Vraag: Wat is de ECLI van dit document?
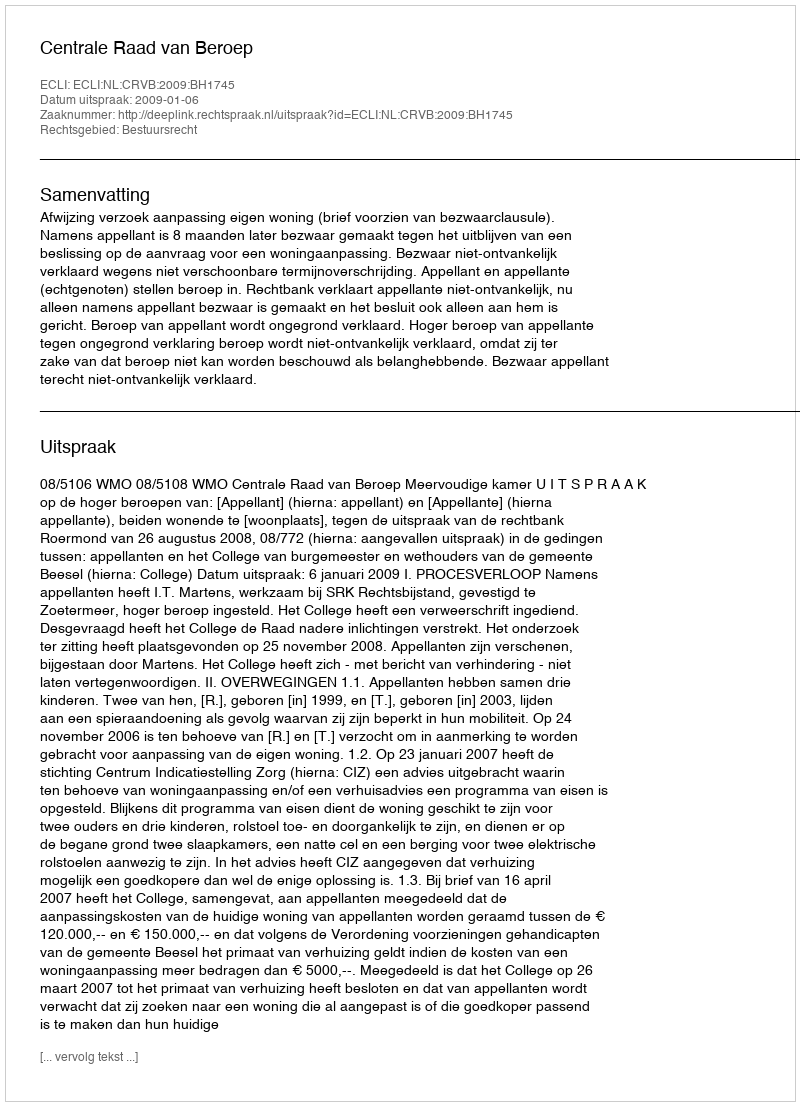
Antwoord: ECLI:NL:CRVB:2009:BH1745